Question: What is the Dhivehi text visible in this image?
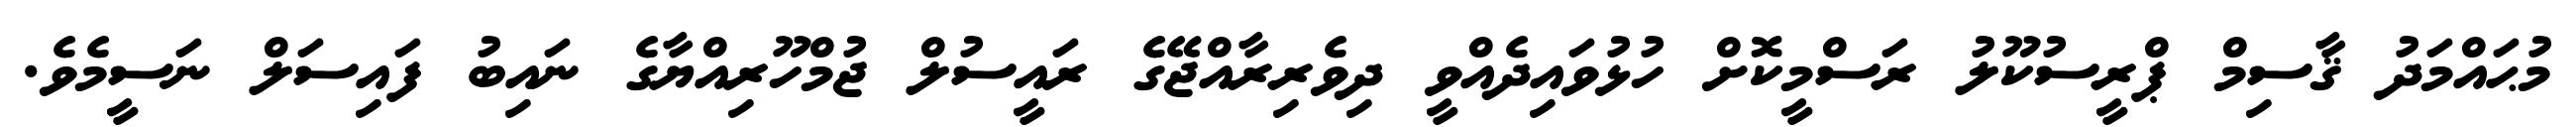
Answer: މުޙައްމަދު ޤާސިމް ޕްރީސުކޫލު ރަސްމީކޮށް ހުޅުވައިދެއްވީ ދިވެރިރާއްޖޭގެ ރައީސުލް ޖުމްހޫރިއްޔާގެ ނައިބު ފައިސަލް ނަސީމެވެ.